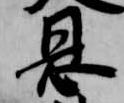
恩